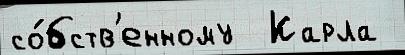
со́бств'енному  Карла